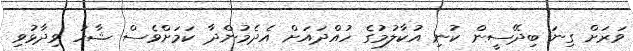
ވަރަށް ގިނަ ބިދޭސީން ކުނި އުކާލުމުގެ ހުއްދައަށް އެދެމުންދާ ކަމަށްވެސް ޝާހު ވިދާޅުވި